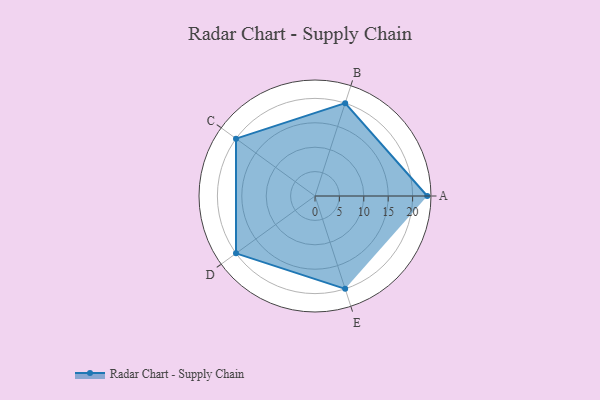
{"axis": {"x": "Skill", "y": "Score"}, "legend": ["Profile"], "data": [{"x": "A", "y": 23.0, "type": "Profile"}, {"x": "B", "y": 20, "type": "Profile"}, {"x": "C", "y": 20, "type": "Profile"}, {"x": "D", "y": 20, "type": "Profile"}, {"x": "E", "y": 20, "type": "Profile"}]}